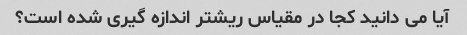
آیا می دانید کجا در مقیاس ریشتر اندازه گیری شده است؟